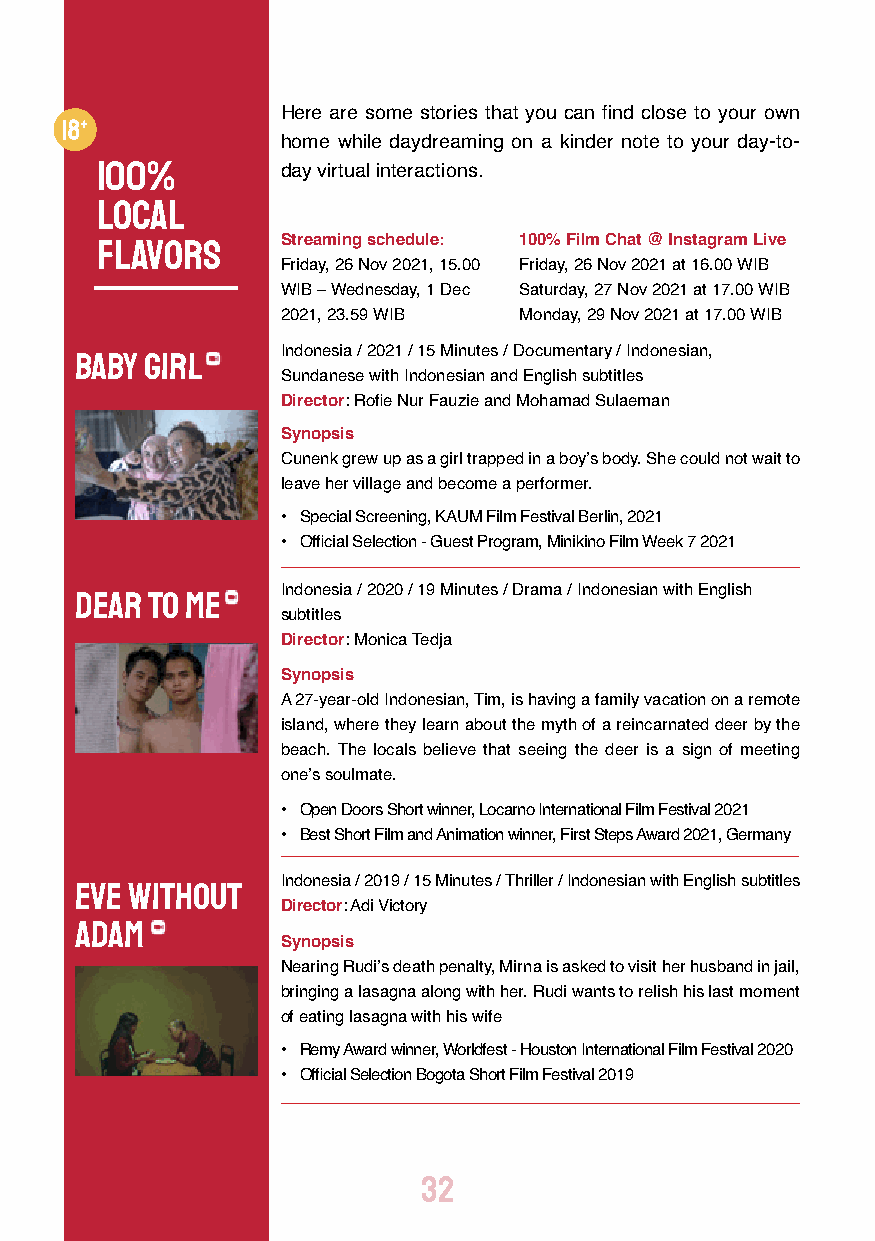
Here are some stories that you can find close to your own
 home while daydreaming on a kinder note to your day-to-
 100%
 day virtual interactions.
 Local
 Flavors      Streaming schedule: 100% Film Chat @ Instagram Live
 Friday, 26 Nov 2021, 15.00 Friday, 26 Nov 2021 at 16.00 WIB
 WIB – Wednesday, 1 Dec Saturday, 27 Nov 2021 at 17.00 WIB
 2021, 23.59 WIB Monday, 29 Nov 2021 at 17.00 WIB
 Baby Girl     Indonesia / 2021 / 15 Minutes / Documentary / Indonesian,
 Sundanese with Indonesian and English subtitles
 Director: Rofie Nur Fauzie and Mohamad Sulaeman
 Synopsis
 Cunenk grew up as a girl trapped in a boy’s body. She could not wait to
 leave her village and become a performer.
 • Special Screening, KAUM Film Festival Berlin, 2021
 • Official Selection - Guest Program, Minikino Film Week 7 2021
 Dear To Me    Indonesia / 2020 / 19 Minutes / Drama / Indonesian with English
 subtitles
 Director: Monica Tedja
 Synopsis
 A 27-year-old Indonesian, Tim, is having a family vacation on a remote
 island, where they learn about the myth of a reincarnated deer by the
 beach. The locals believe that seeing the deer is a sign of meeting
 one’s soulmate.
 • Open Doors Short winner, Locarno International Film Festival 2021
 • Best Short Film and Animation winner, First Steps Award 2021, Germany
 Eve Without   Indonesia / 2019 / 15 Minutes / Thriller / Indonesian with English subtitles
 Director: Adi Victory
 Adam
 Synopsis
 Nearing Rudi’s death penalty, Mirna is asked to visit her husband in jail,
 bringing a lasagna along with her. Rudi wants to relish his last moment
 of eating lasagna with his wife
 • Remy Award winner, Worldfest - Houston International Film Festival 2020
 • Official Selection Bogota Short Film Festival 2019
 32